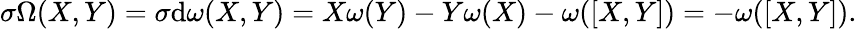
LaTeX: \sigma\Omega(X,Y)=\sigma\mathrm{d}\omega(X,Y)=X\omega(Y)-Y\omega(X)-\omega([X,Y])=-\omega([X,Y]).